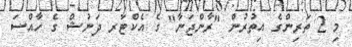
މި 2 ތަރިންގެ އިތުރުން "ރާންޖަނާ" ގެ އެކްޓަރ ދަނުޝް ގެ ހާއްސަ